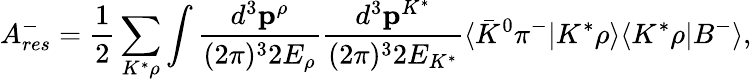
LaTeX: A_{res}^{-}=\displaystyle{\frac{1}{2}\sum_{K^{*}\rho}\int\frac{d^{3}{\mathbf p}^{\rho}}{(2\pi)^{3}2E_{\rho}}\frac{d^{3}{\mathbf p}^{K^{*}}}{(2\pi)^{3}2E_{K^{*}}}\langle{\bar{K}}^{0}\pi^{-}|K^{*}\rho\rangle\langle K^{*}\rho|B^{-}\rangle},